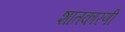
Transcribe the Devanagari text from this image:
शातकारणी